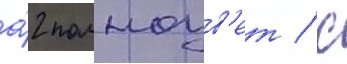
а́2 полноцв'ет / с